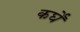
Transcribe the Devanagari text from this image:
कर्घे